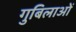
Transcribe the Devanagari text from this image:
गुबिलाओं